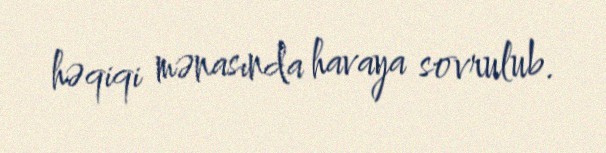
həqiqi mənasında havaya sovrulub.